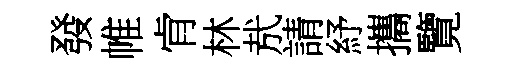
發帷肻林㢤請紓攜覽